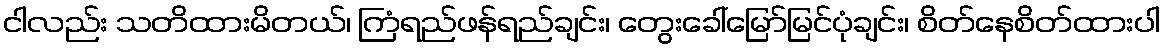
ငါလည်း သတိထားမိတယ်၊ ကြံရည်ဖန်ရည်ချင်း၊ တွေးခေါ်မြော်မြင်ပုံချင်း၊ စိတ်နေစိတ်ထားပါ